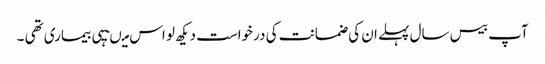
آپ بیس سال پہلے ان کی ضمانت کی درخواست دیکھ لو اس میںیہی بیماری تھی ۔